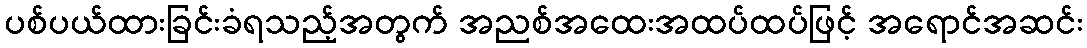
ပစ်ပယ်ထားခြင်းခံရသည့်အတွက် အညစ်အထေးအထပ်ထပ်ဖြင့် အရောင်အဆင်း